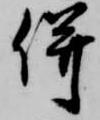
併